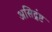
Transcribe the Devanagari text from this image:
असिद्रंष्ट